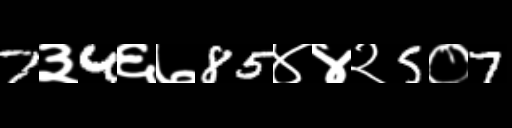
Text: 7३4६७85४४२5०7